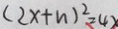
( 2 x + n ) ^ { 2 } = 4 x